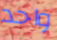
واحد